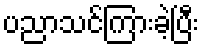
ပညာသင်ကြားခဲ့ပြီး